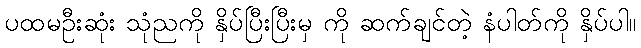
ပထမဦးဆုံး သုံညကို နှိပ်ပြီးပြီးမှ ကို ဆက်ချင်တဲ့ နံပါတ်ကို နှိပ်ပါ။